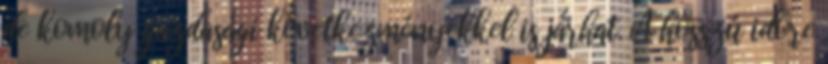
de komoly gazdasági következményekkel is járhat. A hosszú időre